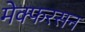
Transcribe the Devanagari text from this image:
मेक्फरसन